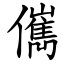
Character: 㒞